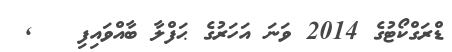
ޑްރަގްކޯޓުގެ 2014 ވަނަ އަހަރުގެ ޙަފްލާ ބާއްވައިފި